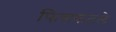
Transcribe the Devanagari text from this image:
फिसकटले